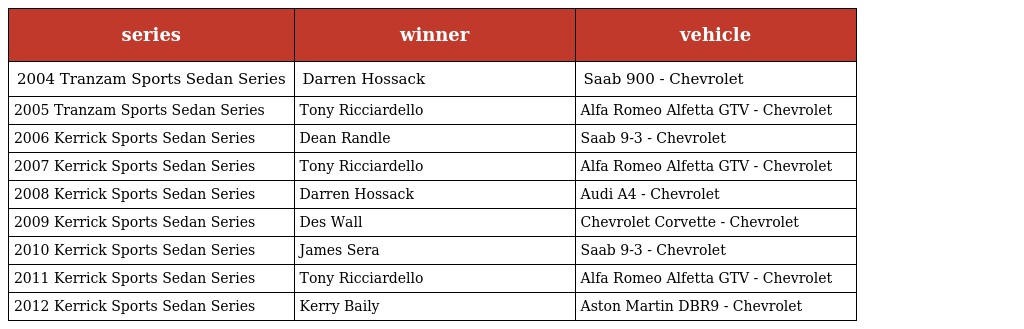
| series | winner | vehicle |
 | --- | --- | --- |
 | 2004 Tranzam Sports Sedan Series | Darren Hossack | Saab 900 - Chevrolet |
 | 2005 Tranzam Sports Sedan Series | Tony Ricciardello | Alfa Romeo Alfetta GTV - Chevrolet |
 | 2006 Kerrick Sports Sedan Series | Dean Randle | Saab 9-3 - Chevrolet |
 | 2007 Kerrick Sports Sedan Series | Tony Ricciardello | Alfa Romeo Alfetta GTV - Chevrolet |
 | 2008 Kerrick Sports Sedan Series | Darren Hossack | Audi A4 - Chevrolet |
 | 2009 Kerrick Sports Sedan Series | Des Wall | Chevrolet Corvette - Chevrolet |
 | 2010 Kerrick Sports Sedan Series | James Sera | Saab 9-3 - Chevrolet |
 | 2011 Kerrick Sports Sedan Series | Tony Ricciardello | Alfa Romeo Alfetta GTV - Chevrolet |
 | 2012 Kerrick Sports Sedan Series | Kerry Baily | Aston Martin DBR9 - Chevrolet |